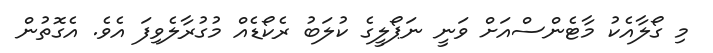
މި ގޯލާއެކު މާޓެންސްއަށް ވަނީ ނަޕޯލީގެ ކުލަބު ރެކޯޑެއް މުގުރާލެވިފަ އެވެ. އެގޮތުން